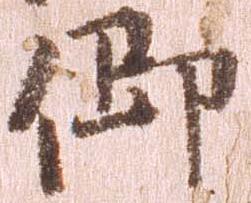
御